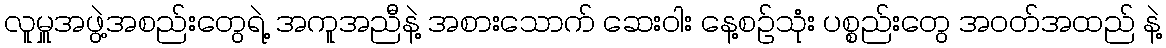
လူမှူအဖွဲ့အစည်းတွေရဲ့ အကူအညီနဲ့ အစားသောက် ဆေးဝါး နေ့စဉ်သုံး ပစ္စည်းတွေ အဝတ်အထည် နဲ့